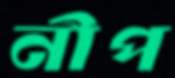
নীপ